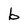
Character: b